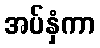
အပ်နှံကာ